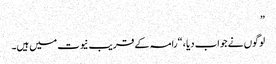
”
لوگوں نے جواب دیا ، “رامہ کے قریب نیوت میں ہیں۔